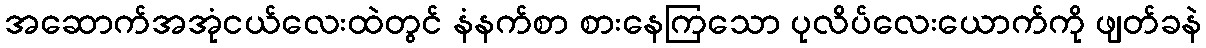
အဆောက်အအုံငယ်လေးထဲတွင် နံနက်စာ စားနေကြသော ပုလိပ်လေးယောက်ကို ဖျတ်ခနဲ